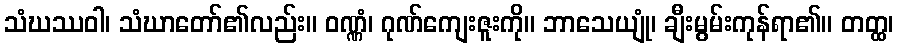
သံဃဿဝါ၊ သံဃာတော်၏လည်း။ ဝဏ္ဏံ၊ ဂုဏ်ကျေးဇူးကို။ ဘာသေယျုံ၊ ချီးမွမ်းကုန်ရာ၏။ တတ္ထ၊